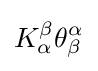
K_{\alpha }^{\beta }\theta _{\beta }^{\alpha }